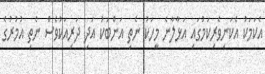
އެކަމަކު އެކަނިވެރިކަމުގައި އަޅާލާނެ މީހަކު ނެތި އަންބަކު އަދި ދަރިއަކުވެސް ނެތި އުމުރުގެ